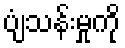
ပျံသန်းမှုကို